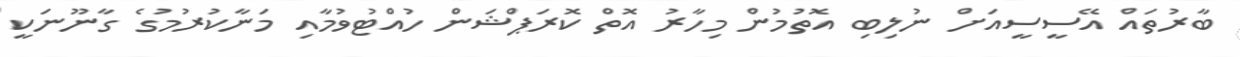
ބާރުތައް އޭސީސީއަށް ނުލިބި އޮތުމުން މިހާރު އޮތް ކޮރަޕްޝަން ހުއްޓުވުމާއި މަނާކުރުމުގެ ގާނޫނަކީ